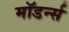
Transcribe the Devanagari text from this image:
मॉडर्न्स